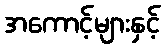
အကောင့်များနှင့်